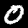
Digit: 0